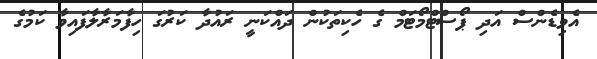
އެވިޑެންސް އަދި ޕޯސްޓްމޯޓަމް ގެ ހެކިތަކުން ދައްކަނީ ރައުދާ ކަރުގަ ހިފާމަރާލާފައިވާ ކަމުގެ